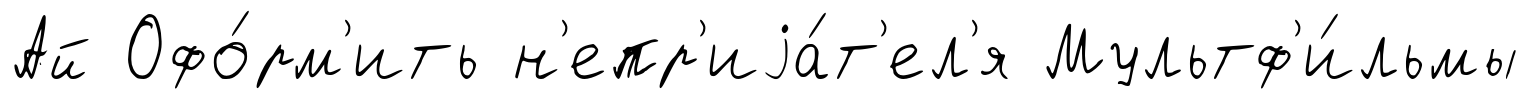
Ай Офо́рм'ить н'епр'иjа́т'ел'я Мультф'и́льмы